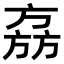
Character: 𬀉